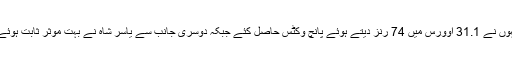
انہوں نے 31.1 اوورس میں 74 رنز دیتے ہوئے پانچ وکٹس حاصل کئے جبکہ دوسری جانب سے یاسر شاہ نے بہت موثر ثابت ہوئے ۔